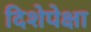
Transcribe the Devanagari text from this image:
दिशेपेक्षा